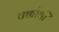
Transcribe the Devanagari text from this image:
चकोथी